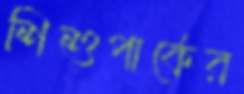
শিশুপার্কের